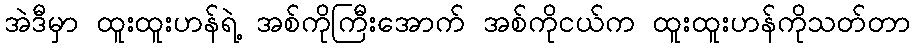
အဲဒီမှာ ထူးထူးဟန်ရဲ့ အစ်ကိုကြီးအောက် အစ်ကိုငယ်က ထူးထူးဟန်ကိုသတ်တာ